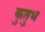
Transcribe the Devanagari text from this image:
कुतुभ